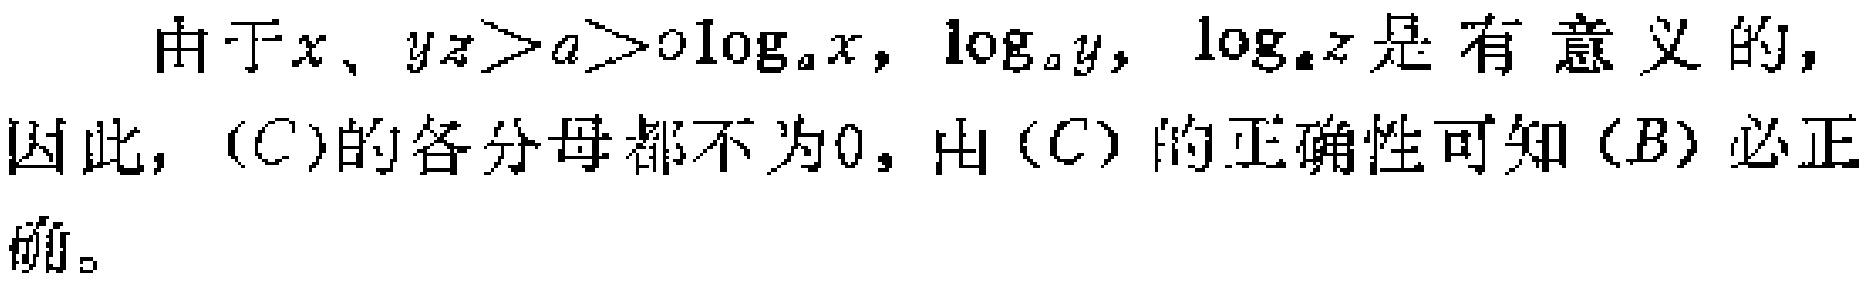
由于\(x、yz>a>0\log_{a}x,\ \log_{a}y,\ \log_{a}z\)是有意义的，因此，\((C)\)的各分母都不为\(0\)，由\((C)\)的正确性可知\((B)\)必正确。